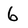
Character: 6